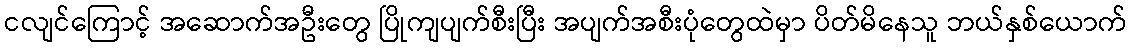
ငလျင်ကြောင့် အဆောက်အဦးတွေ ပြိုကျပျက်စီးပြီး အပျက်အစီးပုံတွေထဲမှာ ပိတ်မိနေသူ ဘယ်နှစ်ယောက်